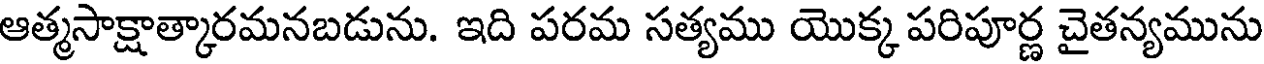
ఆత్మసాక్షాత్కారమనబడును. ఇది పరమ సత్యము యొక్క పరిపూర్ణ చైతన్యమును